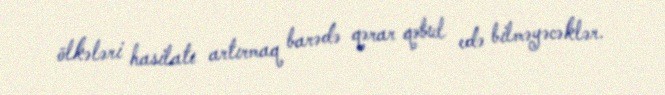
ölkələri hasilatı artırmaq barədə qərar qəbul edə bilməyəcəklər.